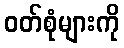
ဝတ်စုံများကို